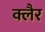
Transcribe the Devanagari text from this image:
क्लैर